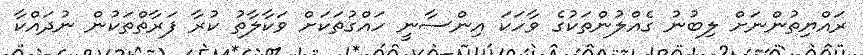
ރައްޔިތުންނަށް ލިބުނު ގެއްލުންތަކުގެ ވާހަކަ އިންސާނީ ހައްގުތަކަށް ވަކާލާތު ކުރާ ފަރާތްތަކުން ނުދައްކާ